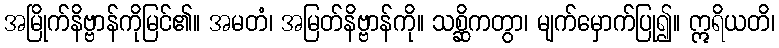
အမြိုက်နိဗ္ဗာန်ကိုမြင်၏။ အမတံ၊ အမြတ်နိဗ္ဗာန်ကို။ သစ္ဆိကတွာ၊ မျက်မှောက်ပြု၍။ ဣရိယတိ၊